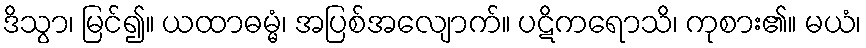
ဒိသွာ၊ မြင်၍။ ယထာဓမ္မံ၊ အပြစ်အလျောက်။ ပဋိကရောသိ၊ ကုစား၏။ မယံ၊